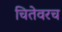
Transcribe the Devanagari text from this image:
चितेवरच